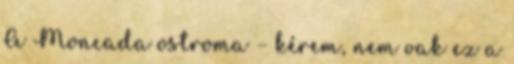
A Moncada ostroma – kérem, nem vak ez a